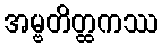
အမ္ဗတိတ္ထကဿ